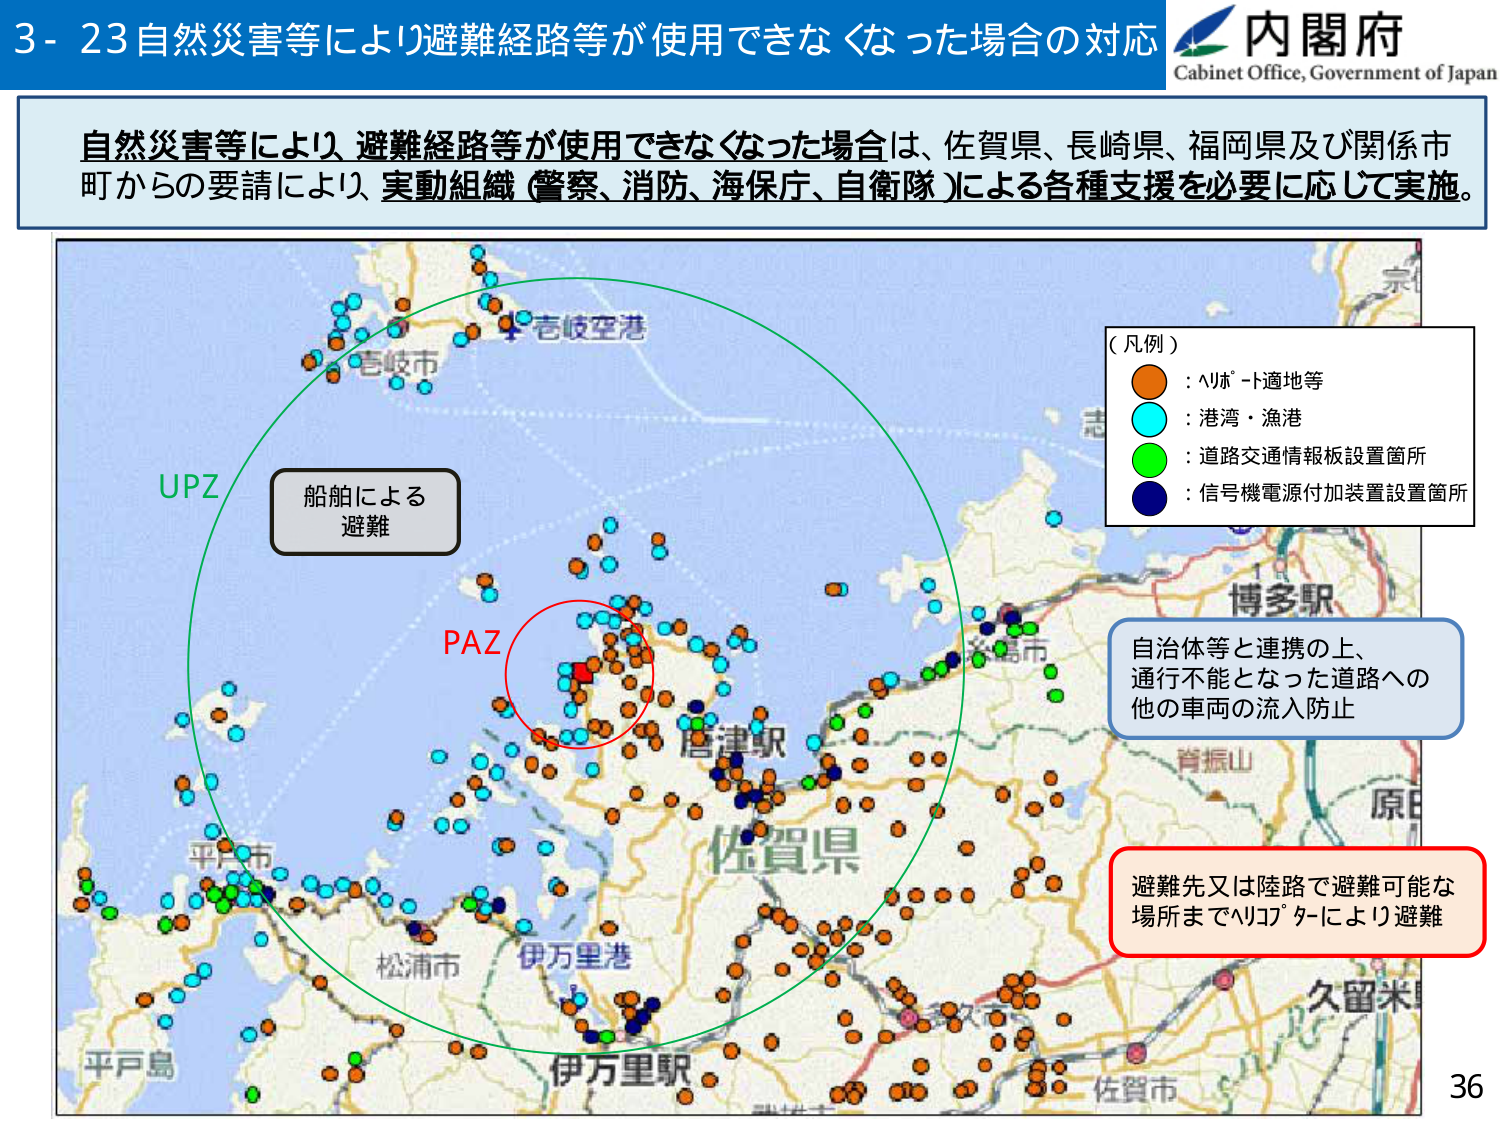
3-23 自然災害等により避難経路等が使用できなくなった場合の対応
内閣府
Cabinet Office, Government of Japan

自然災害等により、避難経路等が使用できなくなった場合は、佐賀県、長崎県、福岡県及び関係市町からの要請により、実動組織（警察、消防、海保庁、自衛隊）による各種支援を必要に応じて実施。

（凡例）
●：ヘリポート適地等
●：港湾・漁港
●：道路交通情報板設置箇所
●：信号機電源付加装置設置箇所

UPZ
船舶による避難

PAZ

佐賀県
唐津駅
伊万里港
伊万里駅
松浦市
平戸市
平戸島
佐賀市
久留米
原田
脊振山
博多駅
糸島市
志
京
壱岐空港
壱岐市

自治体等と連携の上、
通行不能となった道路への
他の車両の流入防止

避難先又は陸路で避難可能な
場所までヘリコプターにより避難

36